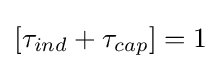
\left[\tau _{ind}+\tau _{cap}\right]=1